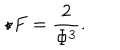
LaTeX: \star F = \frac { 2 } { \Phi ^ { 3 } } .